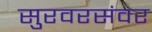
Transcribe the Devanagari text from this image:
सुरवरसंवर